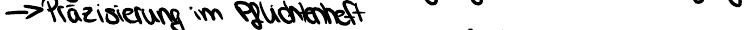
-> Pärsizierung im Pflichtenheft